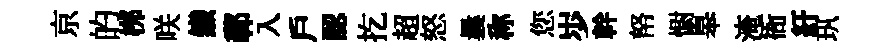
京的桞咲鐵鄣入戶認扢超怒曩称您𡵯幹帑𢠢皋淹衙紆㺬